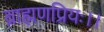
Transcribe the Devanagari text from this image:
ब्राह्मणप्रियः।।